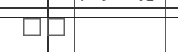
١٧